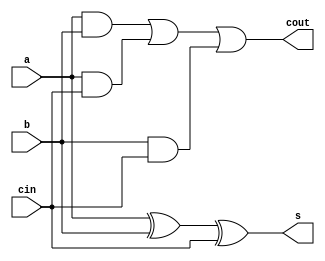
`timescale 1ns / 1ps
//////////////////////////////////////////////////////////////////////////////////
// Company: 
// Engineer: 
// 
// Design Name: 
// Module Name: full_adder
// Project Name: 
// Target Devices: 
// Tool Versions: 
// Description: 
// 
// Dependencies: 
// 
// Revision:
// Revision 0.01 - File Created
// Additional Comments:
// 
//////////////////////////////////////////////////////////////////////////////////

module full_adder(a, b, cin, s, cout);
input a, b, cin;
output reg s, cout;

always@(a, b, cin)
begin
s = a ^ b ^ cin;
cout = (a & b) | (a & cin) | (b & cin);
end
endmodule